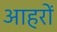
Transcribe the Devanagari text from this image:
आहरों